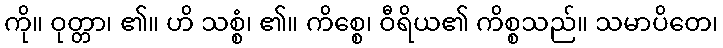
ကို။ ဝုတ္တာ၊ ၏။ ဟိ သစ္စံ၊ ၏။ ကိစ္စေ၊ ဝီရိယ၏ ကိစ္စသည်။ သမာပိတေ၊